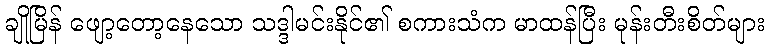
ချိုမြိန် ဖျော့တော့နေသော သဒ္ဒါမင်းနိုင်၏ စကားသံက မာထန်ပြီး မုန်းတီးစိတ်များ